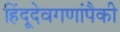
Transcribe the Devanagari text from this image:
हिंदूदेवगणांपैकी